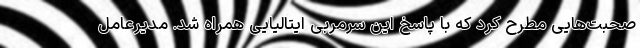
صحبت‌هایی مطرح کرد که با پاسخ این سرمربی ایتالیایی همراه شد. مدیرعامل